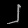
Digit: ၂